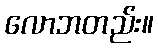
လောဘတည်း။